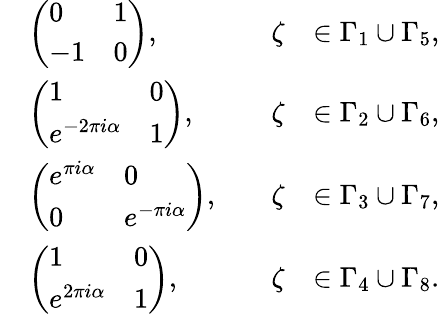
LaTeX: \begin{array}{rlrl}&{\left(\begin{array}{ll}{0}&{1}\\ {-1}&{0}\end{array}\right),\quad}&{\zeta}&{\in\Gamma_{1}\cup\Gamma_{5},}\\ &{\left(\begin{array}{ll}{1}&{0}\\ {e^{-2\pi i\alpha}}&{1}\end{array}\right),\quad}&{\zeta}&{\in\Gamma_{2}\cup\Gamma_{6},}\\ &{\left(\begin{array}{ll}{e^{\pi i\alpha}}&{0}\\ {0}&{e^{-\pi i\alpha}}\end{array}\right),\quad}&{\zeta}&{\in\Gamma_{3}\cup\Gamma_{7},}\\ &{\left(\begin{array}{ll}{1}&{0}\\ {e^{2\pi i\alpha}}&{1}\end{array}\right),\quad}&{\zeta}&{\in\Gamma_{4}\cup\Gamma_{8}.}\end{array}